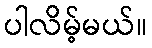
ပါလိမ့်မယ်။